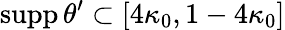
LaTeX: \mathrm{supp}\, \theta^{\prime}\subset[4\kappa_{0},1-4\kappa_{0}]